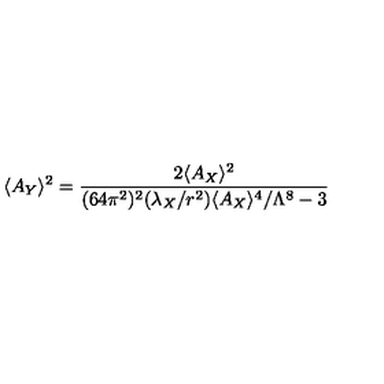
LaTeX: \langle A _ { Y } \rangle ^ { 2 } = { \frac { 2 \langle A _ { X } \rangle ^ { 2 } } { ( 6 4 \pi ^ { 2 } ) ^ { 2 } ( \lambda _ { X } / r ^ { 2 } ) \langle A _ { X } \rangle ^ { 4 } / \Lambda ^ { 8 } - 3 } }